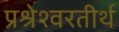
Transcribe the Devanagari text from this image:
प्रश्रेश्वरतीर्थ